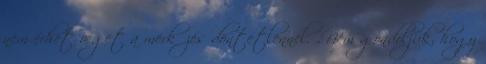
nem érhet véget a mérkőzés döntetlennel. „Nem gondoljuk, hogy